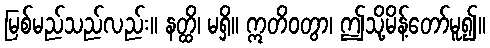
မြစ်မည်သည်လည်း။ နတ္ထိ၊ မရှိ။ ဣတိဝတွာ၊ ဤသို့မိန့်တော်မူ၍။